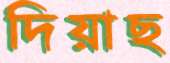
দিয়াছ